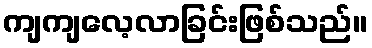
ကျကျလေ့လာခြင်းဖြစ်သည်။